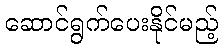
ဆောင်ရွက်ပေးနိုင်မည့်